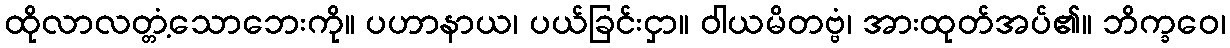
ထိုလာလတ္တံ့သောဘေးကို။ ပဟာနာယ၊ ပယ်ခြင်းငှာ။ ဝါယမိတဗ္ဗံ၊ အားထုတ်အပ်၏။ ဘိက္ခဝေ၊